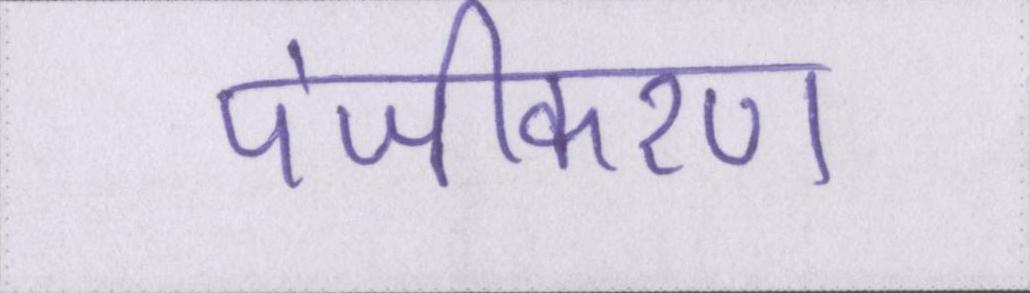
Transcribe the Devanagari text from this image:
पंजीकरण